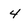
Character: 4